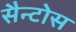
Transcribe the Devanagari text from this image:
सैन्टोस